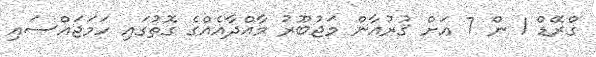
ގްރޭޑް 1 ން 7 އަށް ޤުރުއާން މަޖުބޫރު މާއްދާއެއްގެ ގޮތުގައި ހަމަޖައްސައި